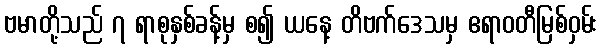
ဗမာတို့သည် ၇ ရာစုနှစ်ခန့်မှ စ၍ ယနေ့ တိဗက်ဒေသမှ ဧရာဝတီမြစ်ဝှမ်း